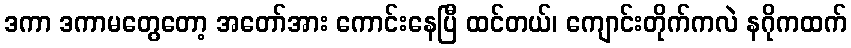
ဒကာ ဒကာမတွေတော့ အတော်အား ကောင်းနေပြီ ထင်တယ်၊ ကျောင်းတိုက်ကလဲ နဂိုကထက်